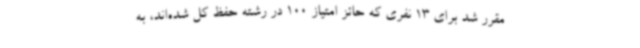
مقرر شد برای 13 نفری که حائز امتیاز 100 در رشته حفظ کل شده‌اند، به